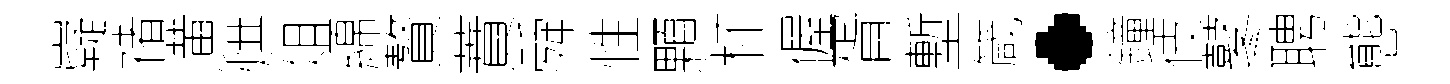
嶷禇潢烘俎綿贅蕡舜性顆杯偓胥塹箴·鐘伎鼕聘態